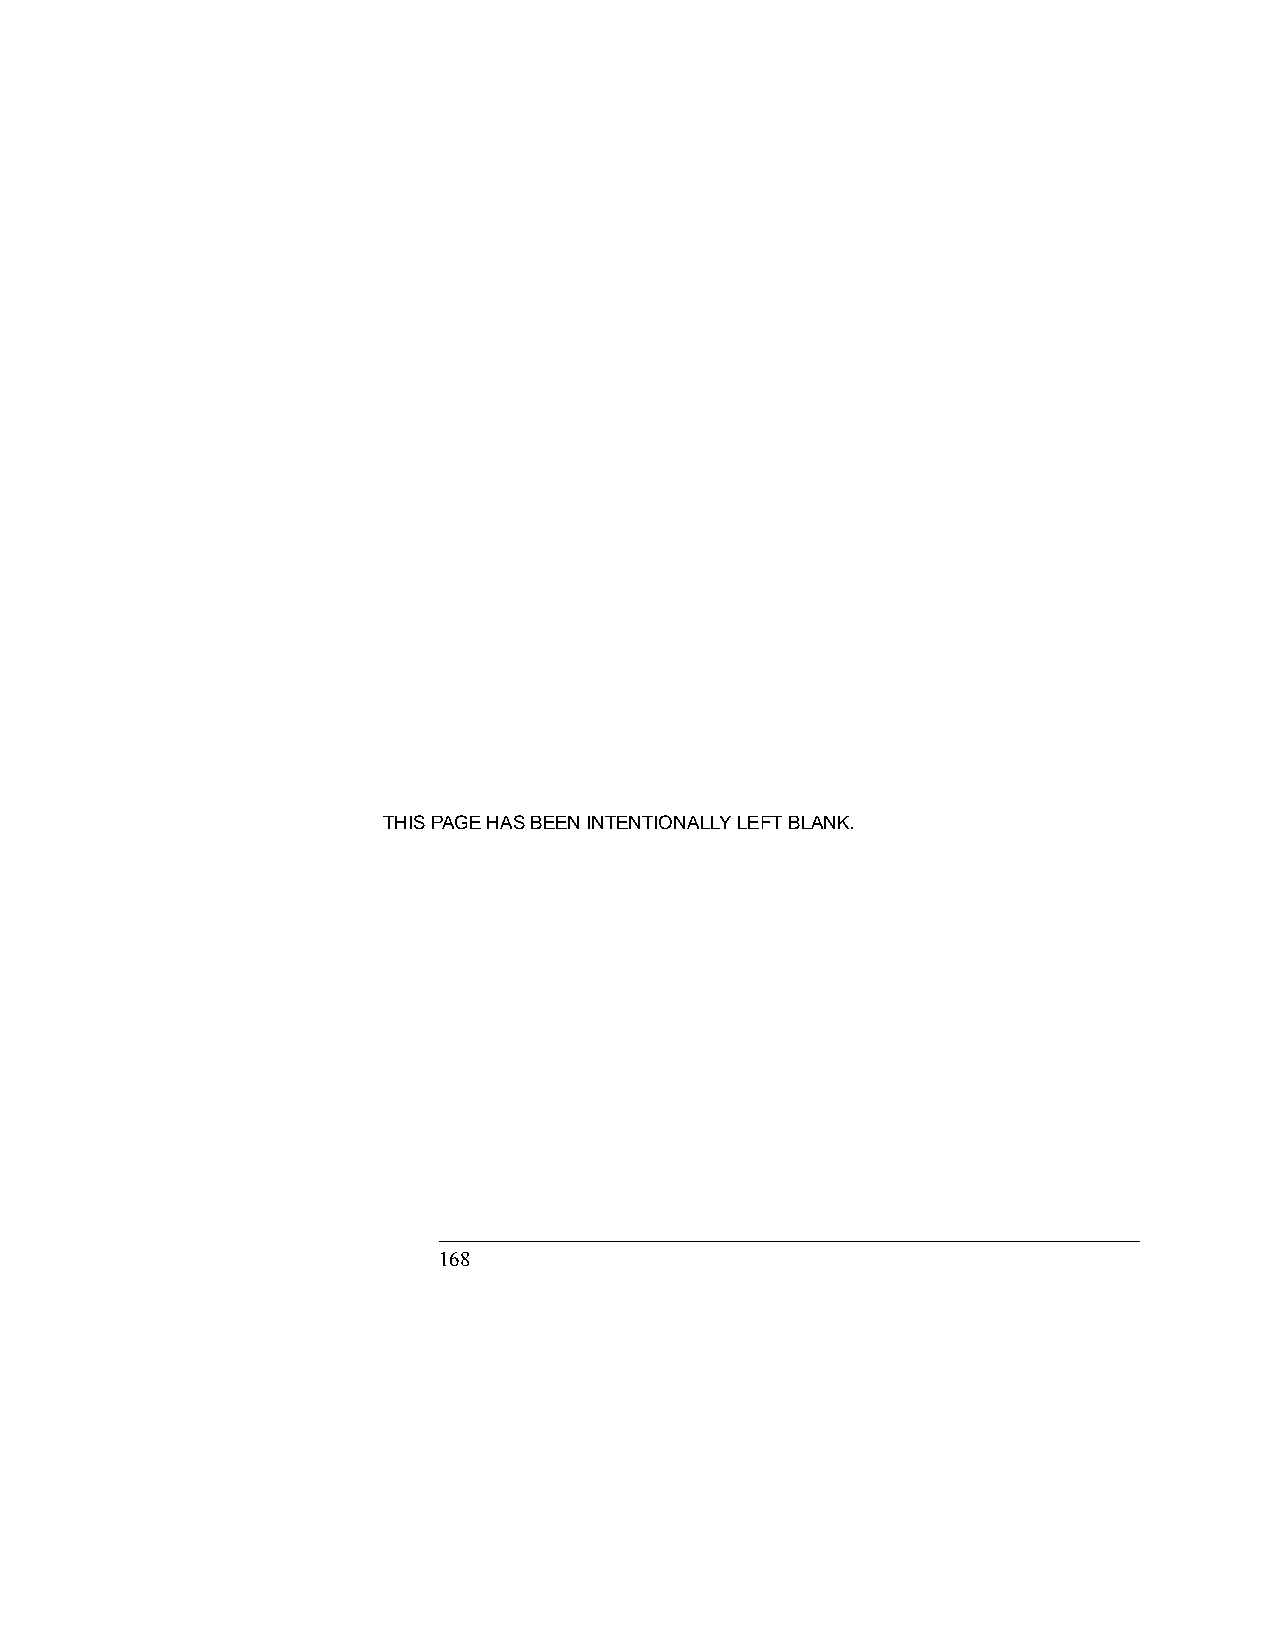
THIS PAGE HAS BEEN INTENTIONALLY LEFT BLANK.
 168                                           
 xednI